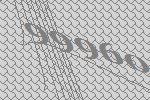
99960